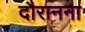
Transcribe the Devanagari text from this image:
दौरानना